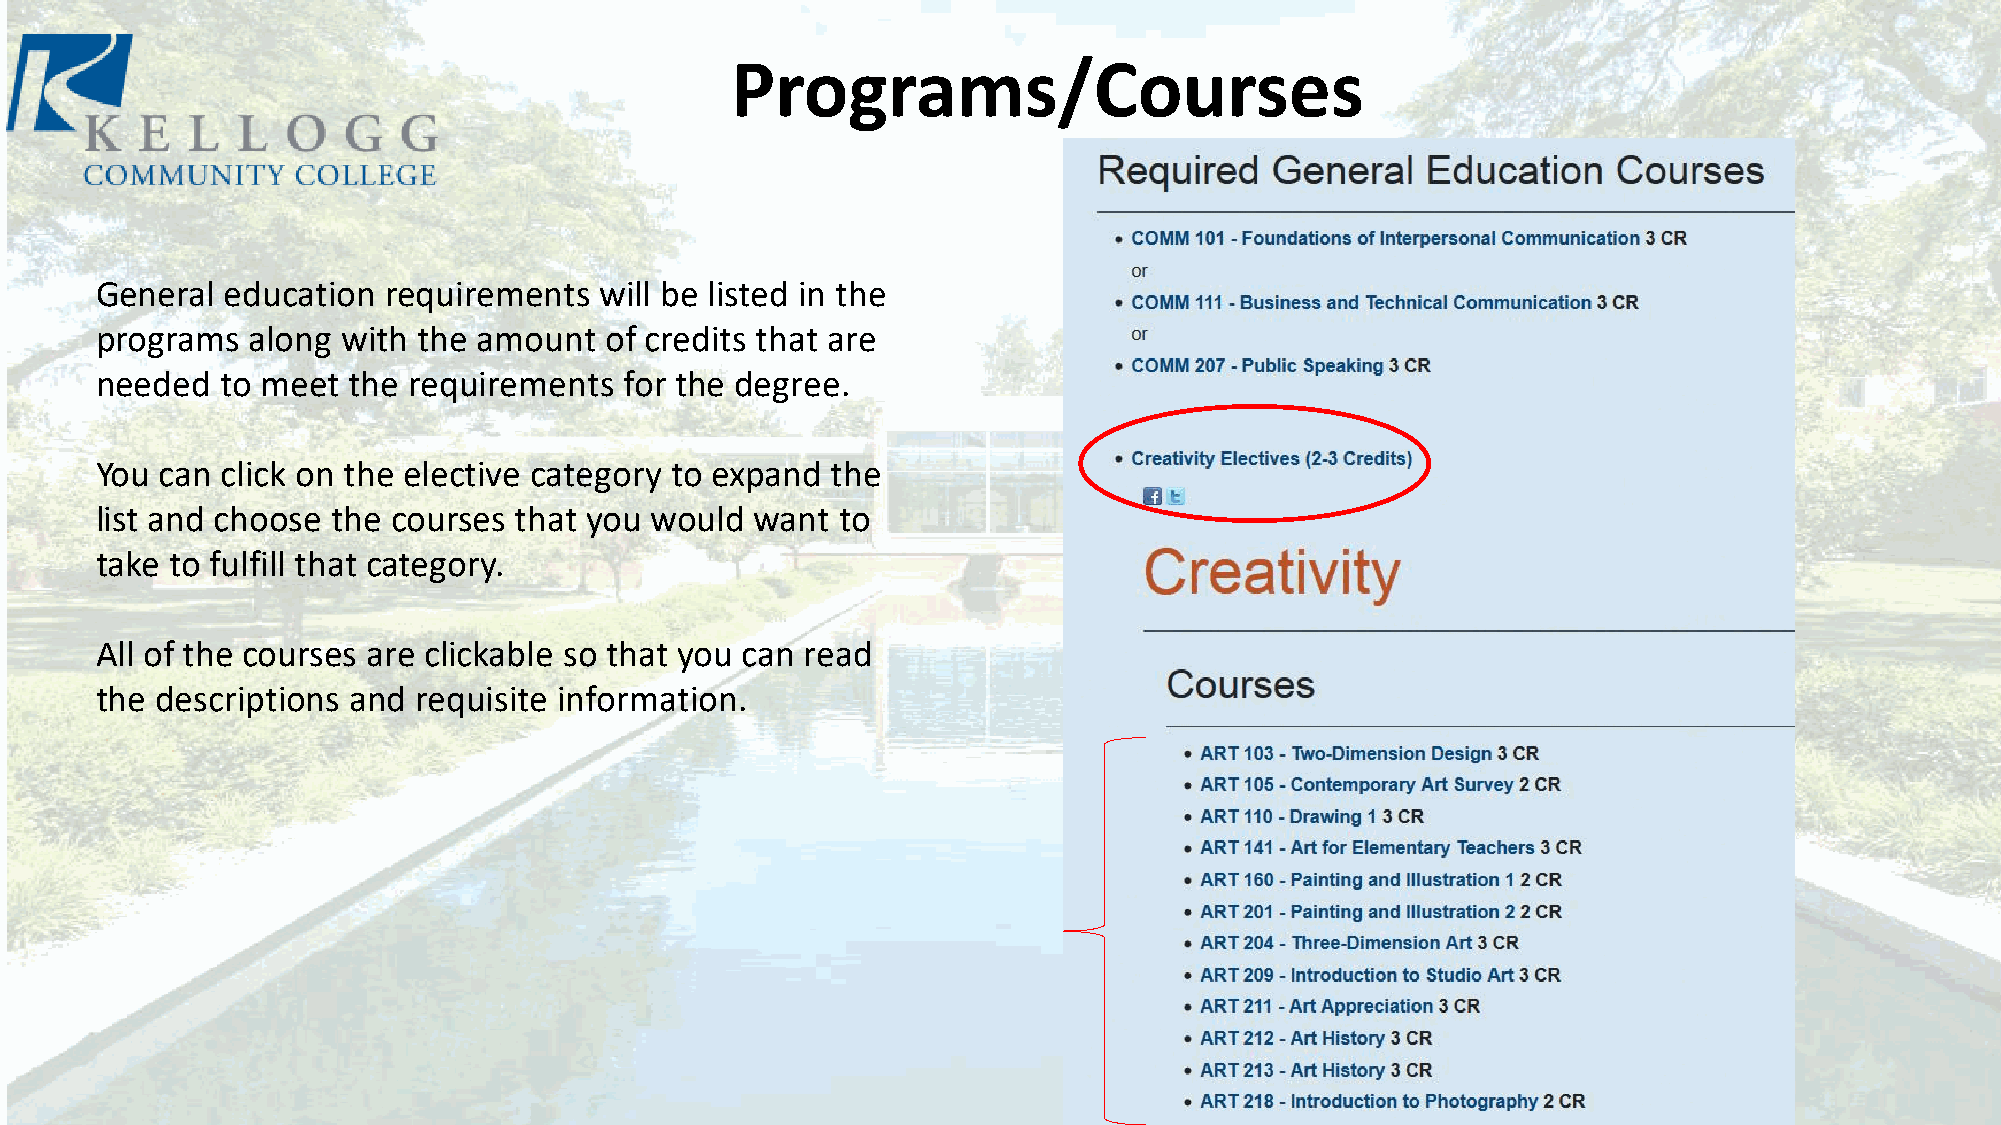
Programs/Courses
 General  education requirements   will be listed in the
 programs  along  with the amount  of credits that are
 needed   to meet the requirements  for the degree.
 You  can click on the elective category to expand the
 list and choose the courses that you would  want  to
 take to fulfill that category.
 All of the courses are clickable so that you can read
 the descriptions and  requisite information.